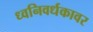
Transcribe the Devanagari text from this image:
ध्वनिवर्धकावर